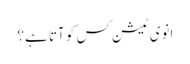
انوی ٹیشن کس کو آتا ہے؟